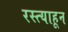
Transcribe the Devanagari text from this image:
रस्त्याहून